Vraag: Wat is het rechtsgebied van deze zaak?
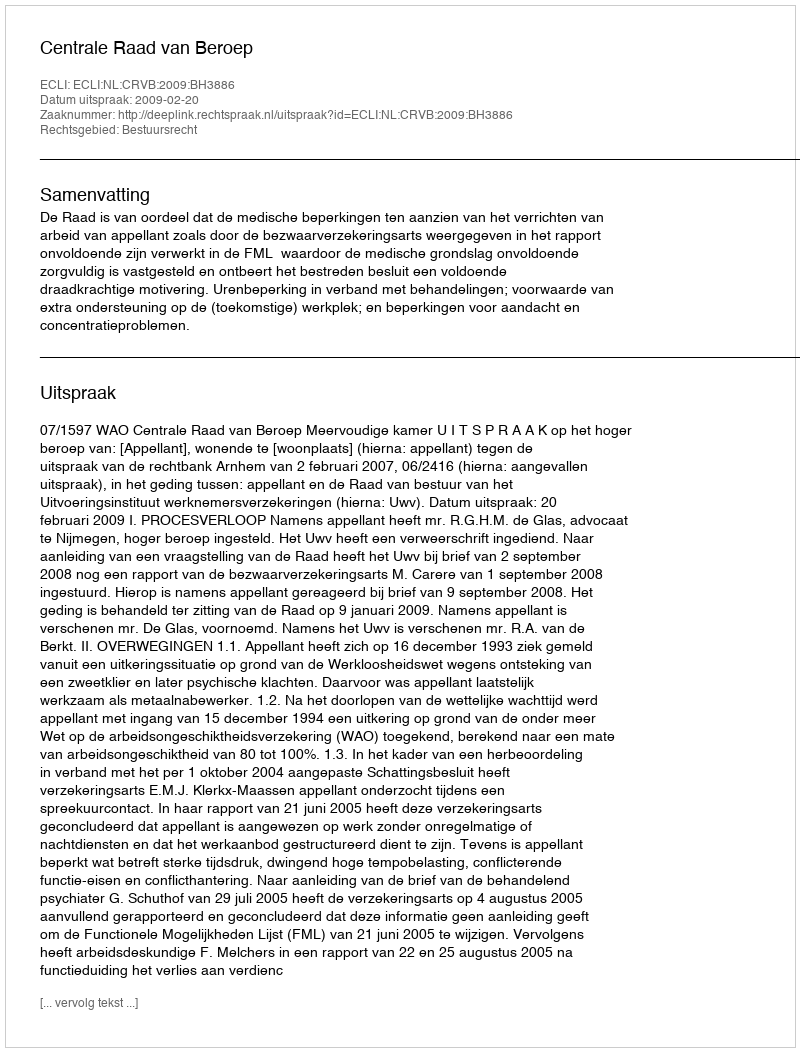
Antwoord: Bestuursrecht